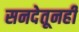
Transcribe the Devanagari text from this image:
सनदेतूनही